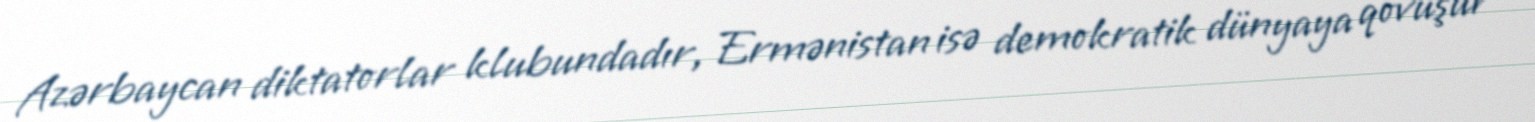
Azərbaycan diktatorlar klubundadır, Ermənistan isə demokratik dünyaya qovuşur"